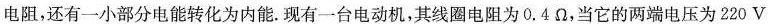
电阻，还有一小部分电能转化为内能。现有一台电动机，其线圈电阻为0.4Ω，当它的两端电压为220V